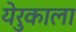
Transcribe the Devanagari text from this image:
येरुकाला